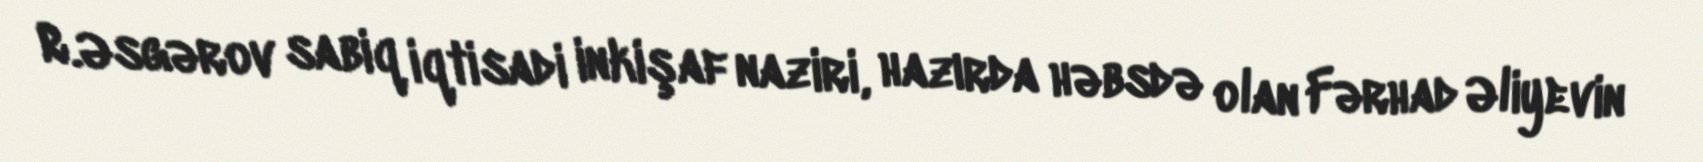
R.Əsgərov sabiq iqtisadi inkişaf naziri, hazırda həbsdə olan Fərhad Əliyevin